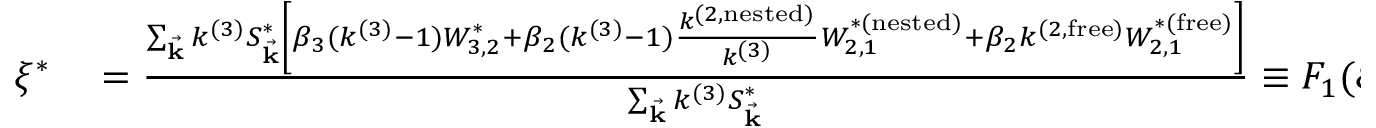
\begin{array} { r l } { \xi ^ { * } } & { { } = \frac { \sum _ { \vec { \mathbf { k } } } k ^ { ( 3 ) } S _ { \vec { \mathbf { k } } } ^ { * } \left[ \beta _ { 3 } ( k ^ { ( 3 ) } - 1 ) W _ { 3 , 2 } ^ { * } + \beta _ { 2 } ( k ^ { ( 3 ) } - 1 ) \frac { k ^ { ( 2 , \mathrm { n e s t e d } ) } } { k ^ { ( 3 ) } } W _ { 2 , 1 } ^ { * ( \mathrm { n e s t e d } ) } + \beta _ { 2 } k ^ { ( 2 , \mathrm { f r e e } ) } W _ { 2 , 1 } ^ { * ( \mathrm { f r e e } ) } \right] } { \sum _ { \vec { \mathbf { k } } } k ^ { ( 3 ) } S _ { \vec { \mathbf { k } } } ^ { * } } \equiv F _ { 1 } ( \xi ^ { * } , \{ S _ { \vec { \mathbf { k } } } ^ { * } \} ) ~ , } \end{array}